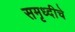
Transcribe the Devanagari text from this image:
समृध्‍दीचे